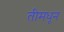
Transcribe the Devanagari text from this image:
तीमधून